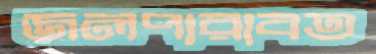
জলপারাবত